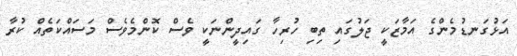
އަޅުގަނޑުމެންގެ އަމާޒަކީ ޖަލުގައި ތިބި ހުރިހާ ގައިދީންނަކީ ވެސް ކޮންމެވެސް މަސައްކަތެއް ކުރާ